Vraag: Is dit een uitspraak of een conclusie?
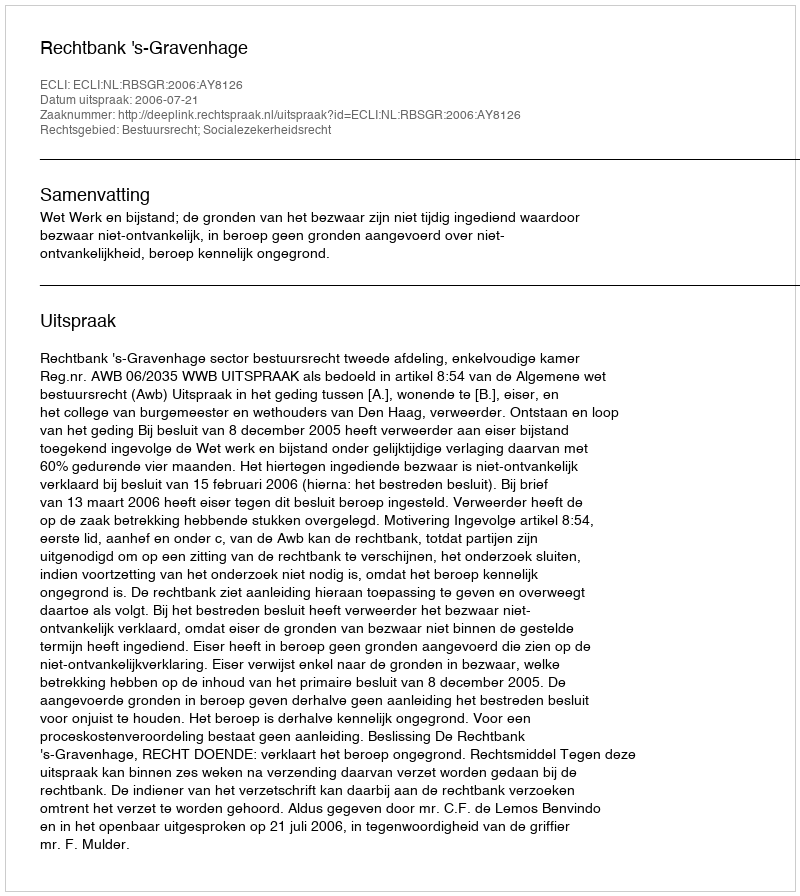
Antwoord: Uitspraak